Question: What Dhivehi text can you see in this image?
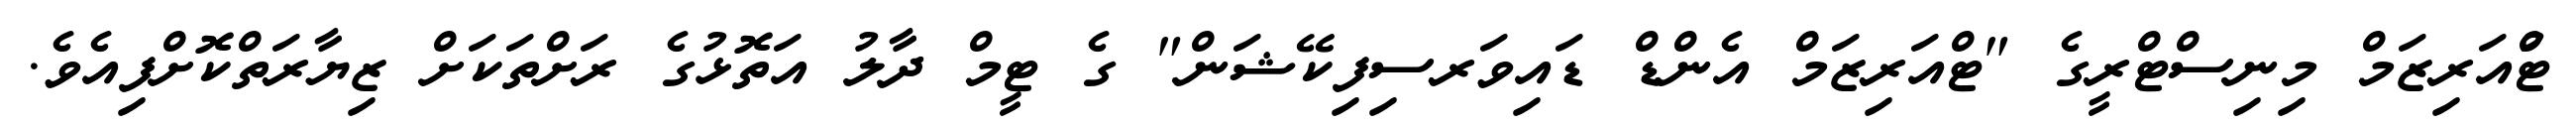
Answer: ޓްުއަރިޒަމް މިނިސްޓްރީގެ "ޓްއަރިޒަމް އެންޑް ޑައިވަރސިފިކޭޝަން" ގެ ޓީމް ދާލު އަތޮޅުގެ ރަށްތަކަށް ޒިޔާރަތްކޮށްފިއެވެ.